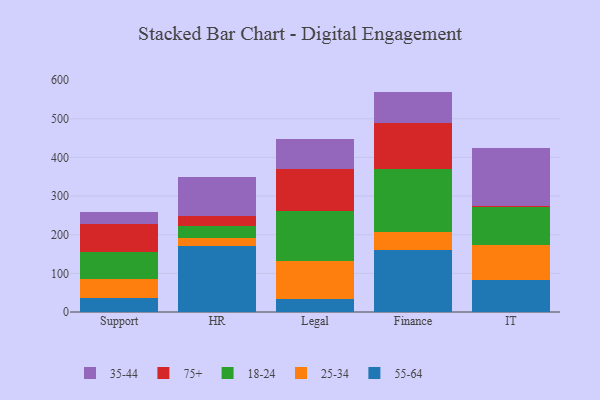
{"axis": {"x": "Department", "y": "Market Share (%)"}, "legend": ["18-24", "25-34", "35-44", "55-64", "75+"], "data": [{"x": "Support", "y": 35.9, "type": "55-64"}, {"x": "Support", "y": 50.1, "type": "25-34"}, {"x": "Support", "y": 68.6, "type": "18-24"}, {"x": "Support", "y": 71.9, "type": "75+"}, {"x": "Support", "y": 33.4, "type": "35-44"}, {"x": "HR", "y": 171.1, "type": "55-64"}, {"x": "HR", "y": 20.4, "type": "25-34"}, {"x": "HR", "y": 31.6, "type": "18-24"}, {"x": "HR", "y": 25.7, "type": "75+"}, {"x": "HR", "y": 101.7, "type": "35-44"}, {"x": "Legal", "y": 34.6, "type": "55-64"}, {"x": "Legal", "y": 98.3, "type": "25-34"}, {"x": "Legal", "y": 129.5, "type": "18-24"}, {"x": "Legal", "y": 107.5, "type": "75+"}, {"x": "Legal", "y": 78.4, "type": "35-44"}, {"x": "Finance", "y": 161.3, "type": "55-64"}, {"x": "Finance", "y": 44.7, "type": "25-34"}, {"x": "Finance", "y": 163.9, "type": "18-24"}, {"x": "Finance", "y": 119.6, "type": "75+"}, {"x": "Finance", "y": 80.8, "type": "35-44"}, {"x": "IT", "y": 83.2, "type": "55-64"}, {"x": "IT", "y": 89.9, "type": "25-34"}, {"x": "IT", "y": 97.4, "type": "18-24"}, {"x": "IT", "y": 5.0, "type": "75+"}, {"x": "IT", "y": 149.0, "type": "35-44"}]}